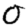
Digit: 0